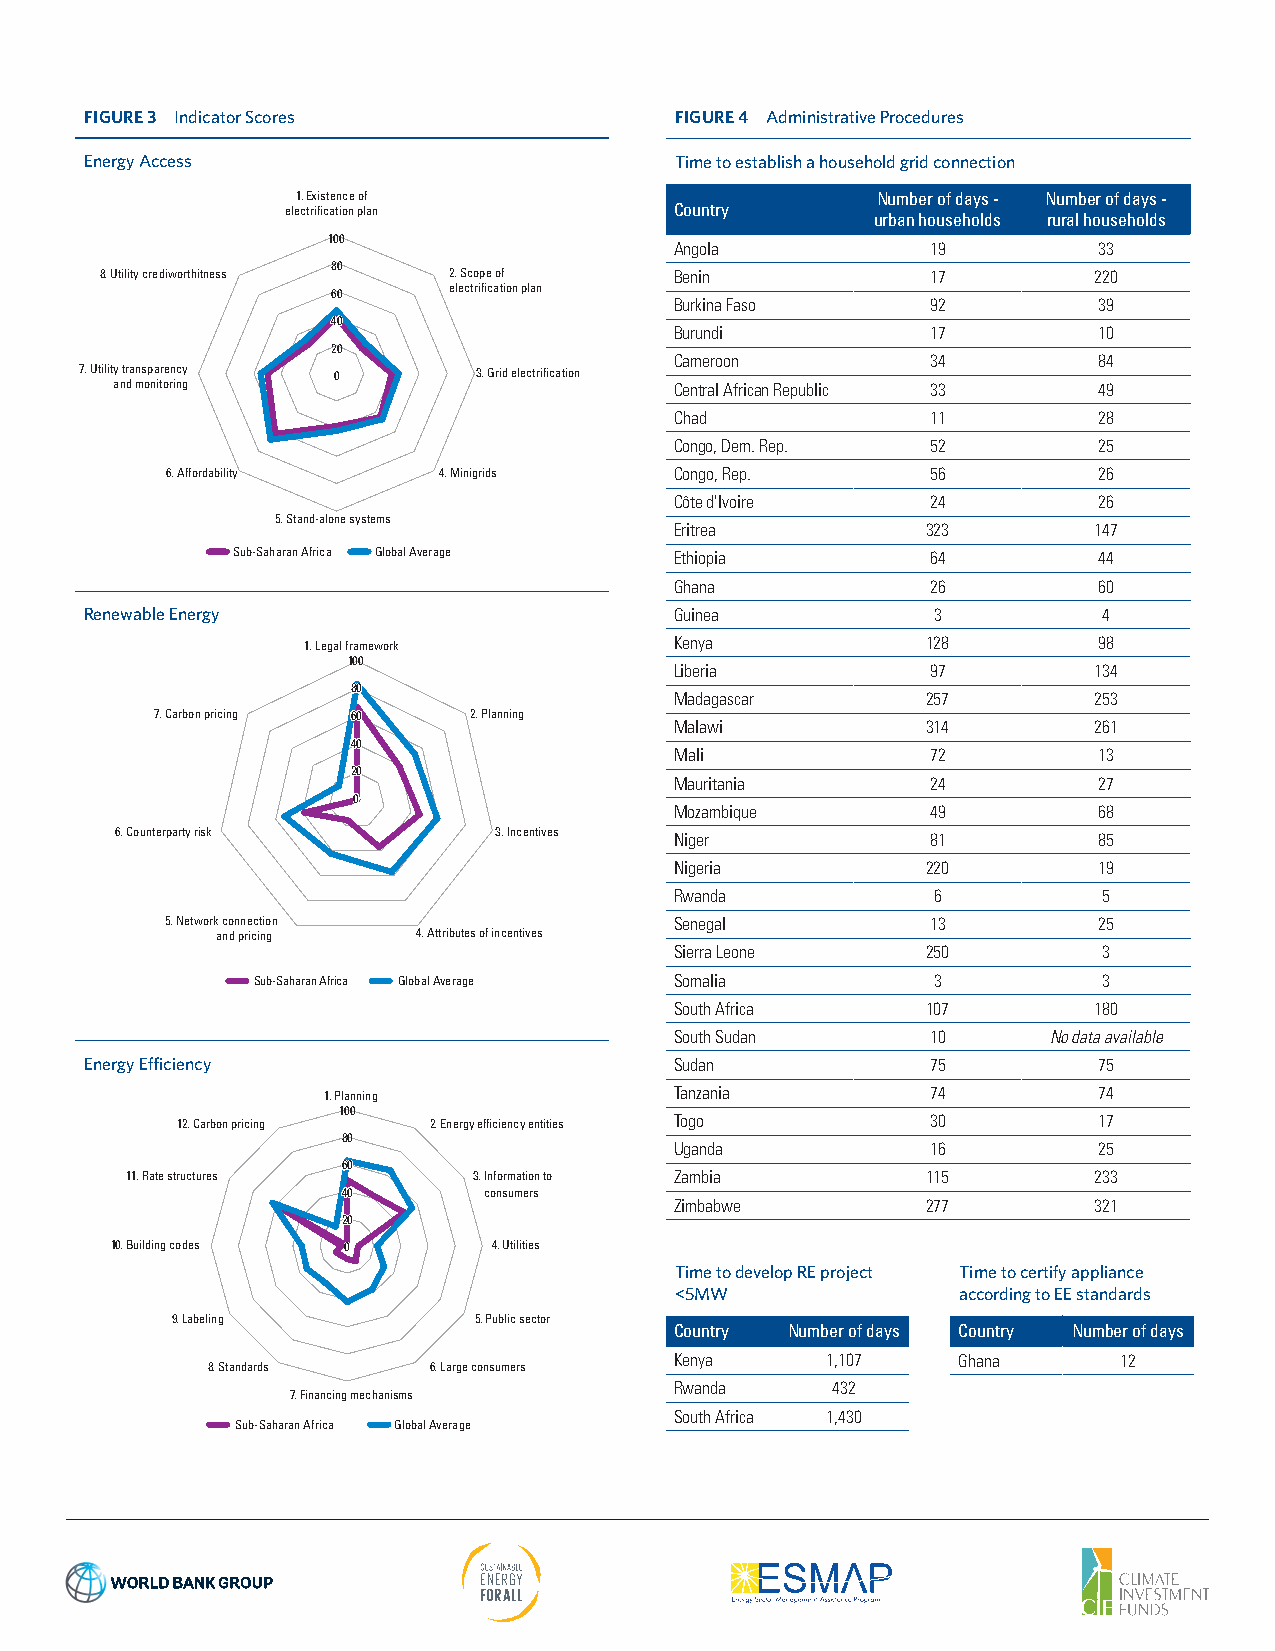
FIGURE 3 Indicator Scores              FIGURE 4 Administrative Procedures
 Energy Access                          Time to establish a household grid connection
 1. Existence of                       Number of days - Number of days -
 electrification plan      Country
 urban households rural households
 100
 Angola           19         33
 80
 8. Utility crediworthitness 2. Scope of Benin          17        220
 60      electrification plan
 Burkina Faso     92         39
 4400
 Burundi          17         10
 20
 Cameroon         34         84
 7. Utility transparency 0  3. Grid electrification
 and monitoring                        Central African Republic 33 49
 Chad             11         28
 Congo, Dem. Rep. 52         25
 6. Affordability  4. Minigrids    Congo, Rep.      56         26
 Côte d'Ivoire    24         26
 5. Stand-alone systems
 Eritrea         323        147
 Sub-Saharan Africa Global Average Ethiopia     64         44
 Ghana            26         60
 Renewable Energy                       Guinea           3          4
 1. Legal framework       Kenya           128         98
 100
 Liberia          97        134
 8800
 Madagascar      257        253
 7. Carbon pricing 6600 2. Planning
 Malawi          314        261
 4400
 Mali             72         13
 2200
 Mauritania       24         27
 00
 Mozambique       49         68
 6. Counterparty risk     3. Incentives Niger          81         85
 Nigeria         220         19
 Rwanda           6          5
 5. Network connection             Senegal          13         25
 and pricing   4. Attributes of incentives
 Sierra Leone    250         3
 Sub-Saharan Africa Global Average Somalia    3          3
 South Africa    107        180
 South Sudan      10     No data available
 Energy Efficiency                      Sudan            75         75
 1. Planning             Tanzania         74         74
 100
 12. Carbon pricing 2. Energy efficiency entities Togo 30     17
 80
 Uganda           16         25
 6600
 11. Rate structures    3. Information to Zambia      115        233
 4400     consumers
 Zimbabwe        277        321
 2200
 10. Building codes 00     4. Utilities
 Time to develop RE project Time to certify appliance
 <5MW               according to EE standards
 9. Labeling         5. Public sector
 Country Number of days Country Number of days
 Kenya     1,107   Ghana      12
 8. Standards  6. Large consumers
 Rwanda    432
 7. Financing mechanisms
 South Africa 1,430
 Sub-Saharan Africa Global Average